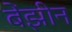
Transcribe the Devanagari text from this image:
बेंझीन